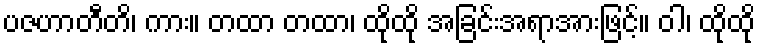
ပဇဟာတီတိ၊ ကား။ တထာ တထာ၊ ထိုထို အခြင်းအရာအားဖြင့်။ ဝါ၊ ထိုထို